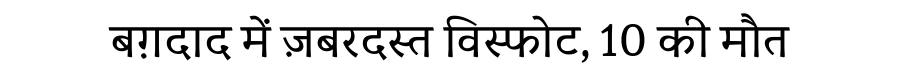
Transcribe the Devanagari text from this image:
बग़दाद में ज़बरदस्त विस्फोट, 10 की मौत